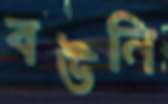
বউনি